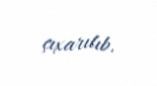
çıxarılıb.